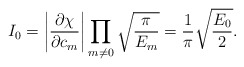
\begin{align*}I_0 = \left|\frac{\partial\chi}{\partial c_m}\right| \prod_{m\neq 0}\sqrt{\frac{\pi}{E_m}} = \frac{1}{\pi}\sqrt{\frac{E_0}{2}}.\end{align*}